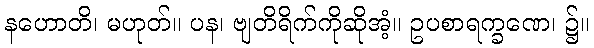
နဟောတိ၊ မဟုတ်။ ပန၊ ဗျတိရိက်ကိုဆိုအံ့။ ဥပစာရက္ခဏေ၊ ၌။